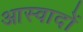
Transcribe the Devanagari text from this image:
आस्वादों